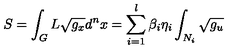
S = \int _ { G } L \sqrt { g _ { x } } d ^ { n } x = \sum _ { i = 1 } ^ { l } \beta _ { i } \eta _ { i } \int _ { N _ { i } } \sqrt { g _ { u } }